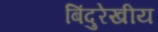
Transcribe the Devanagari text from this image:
बिंदुरेखीय